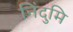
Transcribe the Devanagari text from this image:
निंदुमि